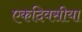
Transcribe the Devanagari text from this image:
एकदिवसीया